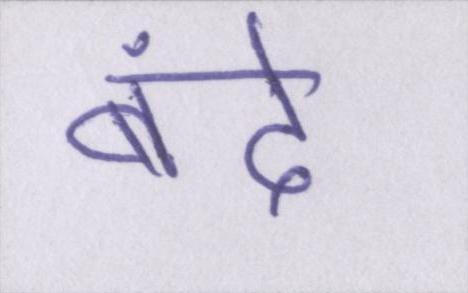
बंदे